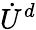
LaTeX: \dot{U}^{d}